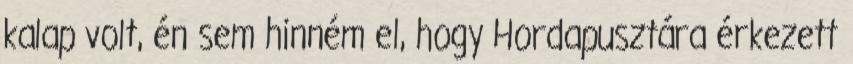
kalap volt, én sem hinném el, hogy Hordapusztára érkezett